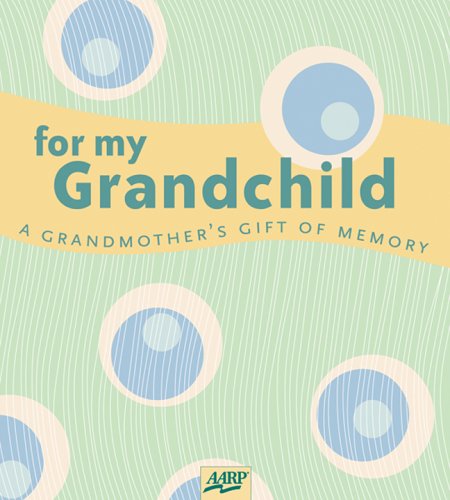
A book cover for For My Grandchild: A Grandmother's Gift of Memory (AARPÂ®); Paige Gilchrist; Crafts, Hobbies & Home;